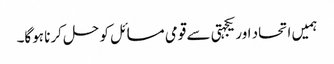
ہمیں اتحاد اور یکجہتی سے قومی مسائل کو حل کرنا ہوگا۔